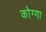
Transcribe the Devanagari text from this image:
कोग्गा